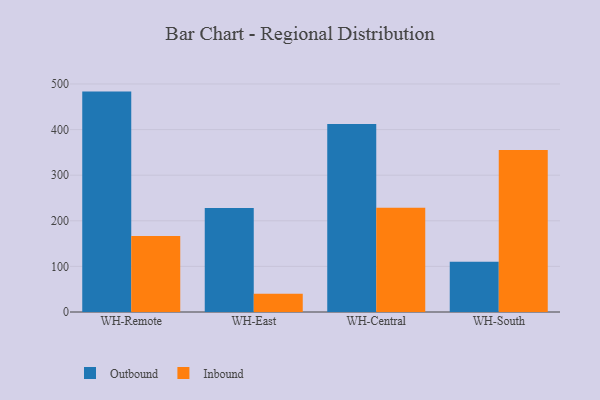
{"axis": {"x": "Warehouse", "y": "Shipments"}, "legend": ["Inbound", "Outbound"], "data": [{"x": "WH-Remote", "y": 483.3, "type": "Outbound"}, {"x": "WH-Remote", "y": 166.4, "type": "Inbound"}, {"x": "WH-East", "y": 228.3, "type": "Outbound"}, {"x": "WH-East", "y": 39.9, "type": "Inbound"}, {"x": "WH-Central", "y": 412.0, "type": "Outbound"}, {"x": "WH-Central", "y": 228.7, "type": "Inbound"}, {"x": "WH-South", "y": 110.0, "type": "Outbound"}, {"x": "WH-South", "y": 355.2, "type": "Inbound"}]}